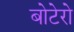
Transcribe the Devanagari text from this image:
बोटेरो